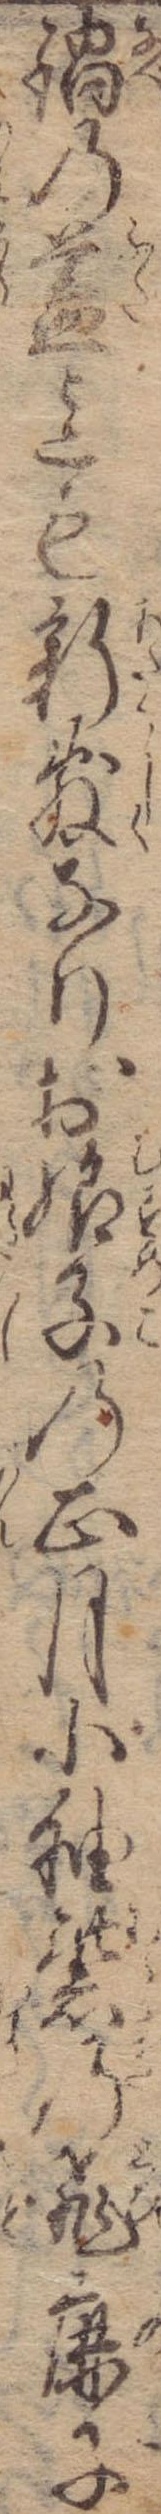
鍋の蓋迄も新敷なりお娘子の正月小袖紫の飛鹿子